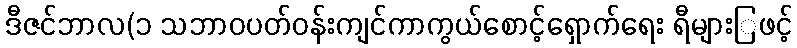
ဒီဇင်ဘာလ(၁ သဘာဝပတ်ဝန်းကျင်ကာကွယ်စောင့်ရှောက်ရေး ရီများြဖင့်